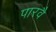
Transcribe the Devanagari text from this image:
पारवै